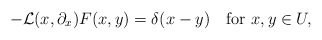
\begin{align*}-{\mathcal L}(x,\partial_x) F(x,y)=\delta(x-y)\quad\hbox{for}\ x,y\in U, \end{align*}